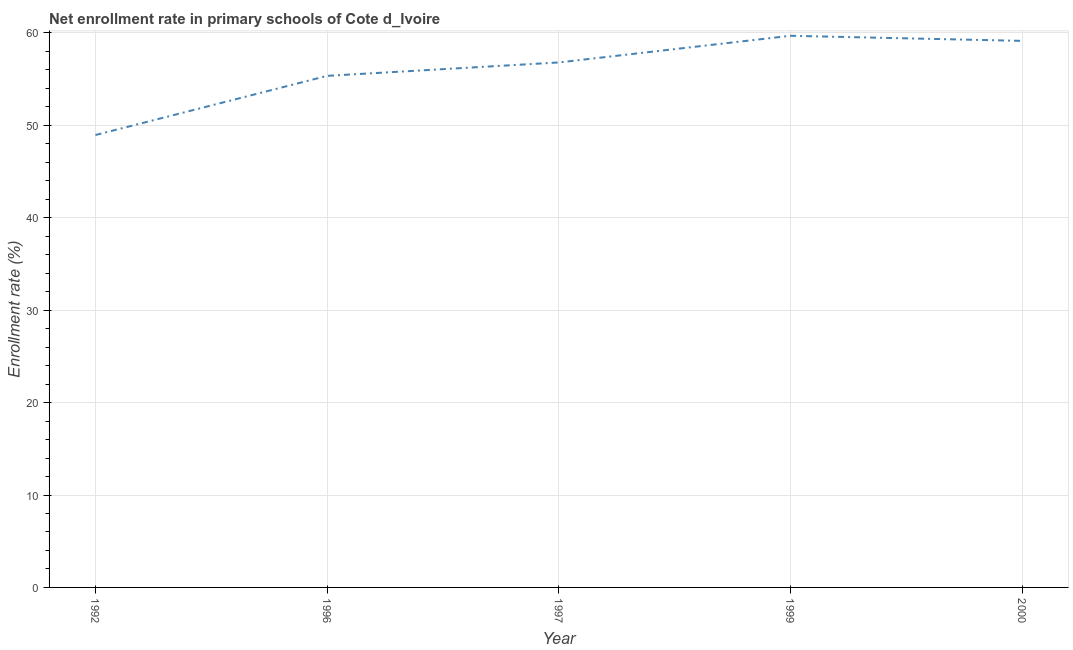
| Year | Adjusted net enrolment rate |
 | --- | --- |
 | 1992 | 48.9 |
 | 1996 | 55.3 |
 | 1997 | 56.8 |
 | 1999 | 59.7 |
 | 2000 | 59.1 |